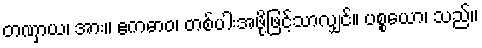
တဏှာယ၊ အား။ ဧကဓာဝ၊ တစ်ပါးအဖို့ဖြင့်သာလျှင်။ ပစ္စယော၊ သည်။